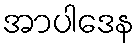
အာပါဒေန